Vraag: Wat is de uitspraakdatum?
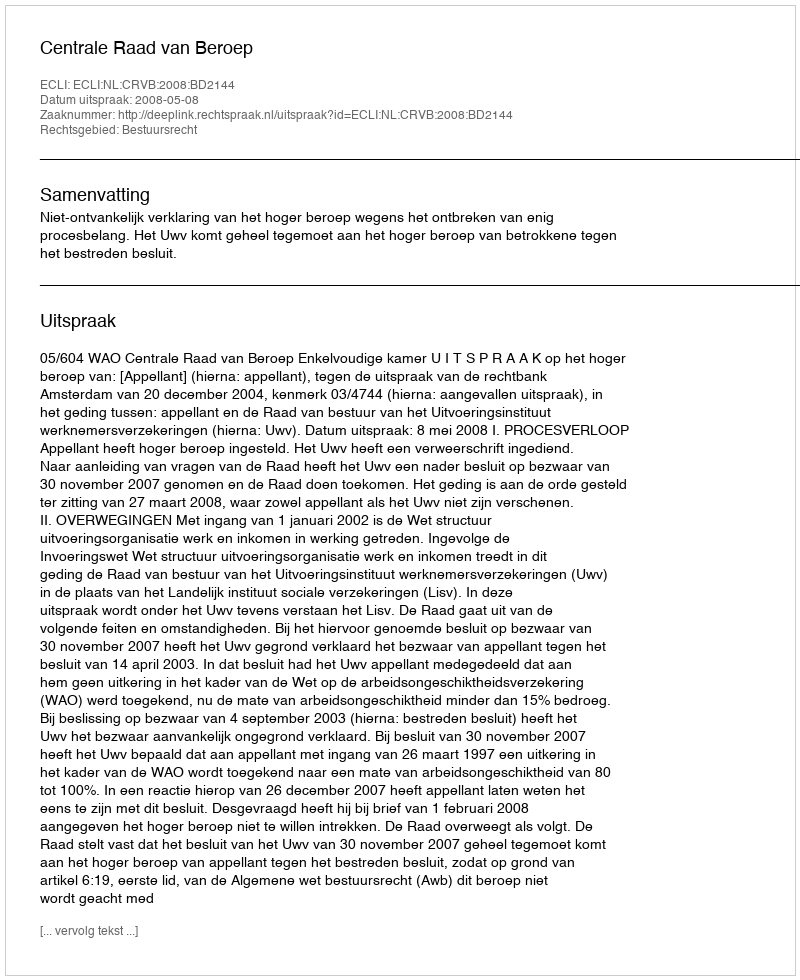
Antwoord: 2008-05-08